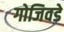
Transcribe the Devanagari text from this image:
गोजिवडे